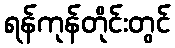
ရန်ကုန်တိုင်းတွင်